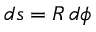
d s = R \, d \phi